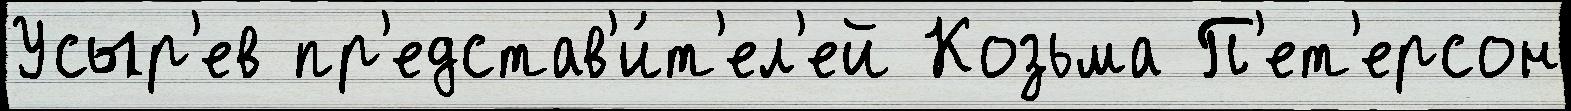
Усыр'ев пр'едстав'и́т'ел'ей Козьма П'ет'ерсон